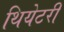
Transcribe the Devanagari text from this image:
थियेटरी